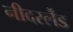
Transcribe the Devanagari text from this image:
नीदरर्लैंड